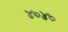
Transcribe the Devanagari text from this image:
४०४०